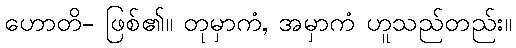
ဟောတိ- ဖြစ်၏။ တုမှာကံ, အမှာကံ ဟူသည်တည်း။